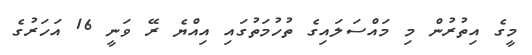
މީގެ އިތުރުން މި މައްސަލައިގެ ތުހުމަތުގައި އިއްޔެ ރޭ ވަނީ 16 އަހަރުގެ